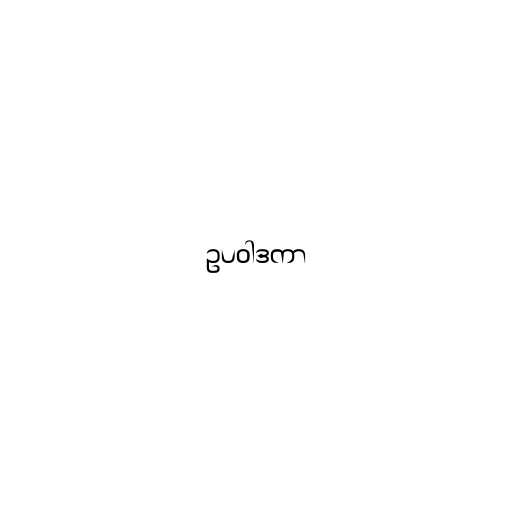
ဥပဝါဒကာ